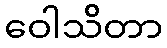
ဝေါသိတာ